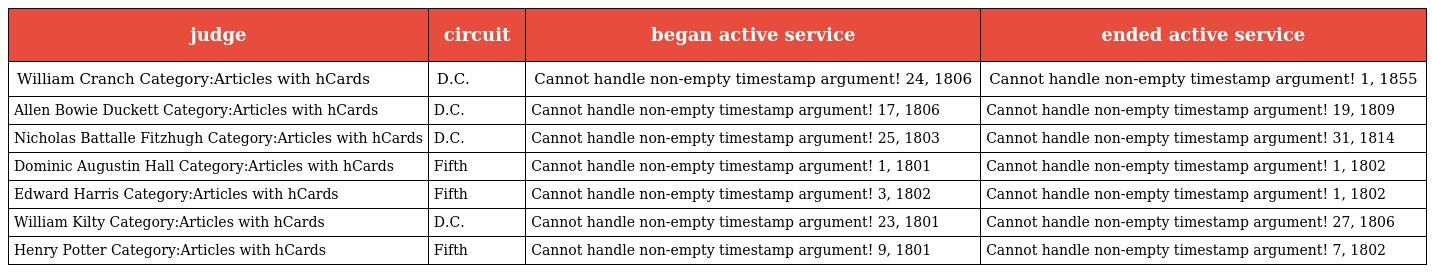
| judge | circuit | began active service | ended active service |
 | --- | --- | --- | --- |
 | William Cranch Category:Articles with hCards | D.C. | Cannot handle non-empty timestamp argument! 24, 1806 | Cannot handle non-empty timestamp argument! 1, 1855 |
 | Allen Bowie Duckett Category:Articles with hCards | D.C. | Cannot handle non-empty timestamp argument! 17, 1806 | Cannot handle non-empty timestamp argument! 19, 1809 |
 | Nicholas Battalle Fitzhugh Category:Articles with hCards | D.C. | Cannot handle non-empty timestamp argument! 25, 1803 | Cannot handle non-empty timestamp argument! 31, 1814 |
 | Dominic Augustin Hall Category:Articles with hCards | Fifth | Cannot handle non-empty timestamp argument! 1, 1801 | Cannot handle non-empty timestamp argument! 1, 1802 |
 | Edward Harris Category:Articles with hCards | Fifth | Cannot handle non-empty timestamp argument! 3, 1802 | Cannot handle non-empty timestamp argument! 1, 1802 |
 | William Kilty Category:Articles with hCards | D.C. | Cannot handle non-empty timestamp argument! 23, 1801 | Cannot handle non-empty timestamp argument! 27, 1806 |
 | Henry Potter Category:Articles with hCards | Fifth | Cannot handle non-empty timestamp argument! 9, 1801 | Cannot handle non-empty timestamp argument! 7, 1802 |